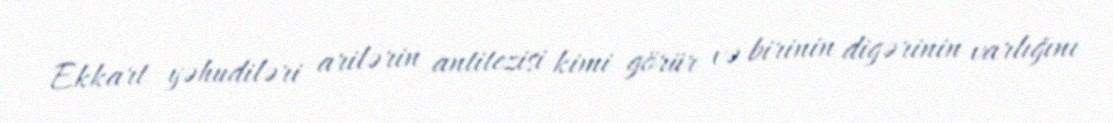
Ekkart yəhudiləri arilərin antitezisi kimi görür və birinin digərinin varlığını